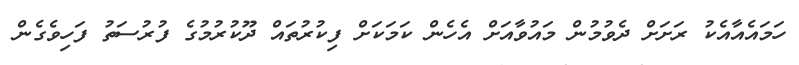
ހަމައެއާއެކު ރަށަށް ދެވުމުން މައުވާއަށް އެހެން ކަމަކަށް ފިކުރުތައް ދޫކުރުމުގެ ފުރުސަތު ފަހިވެގެން